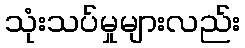
သုံးသပ်မှုများလည်း